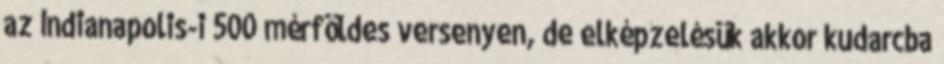
az Indianapolis-i 500 mérföldes versenyen, de elképzelésük akkor kudarcba